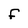
Character: f